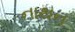
નાથન